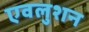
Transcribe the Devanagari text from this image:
एवलुशन